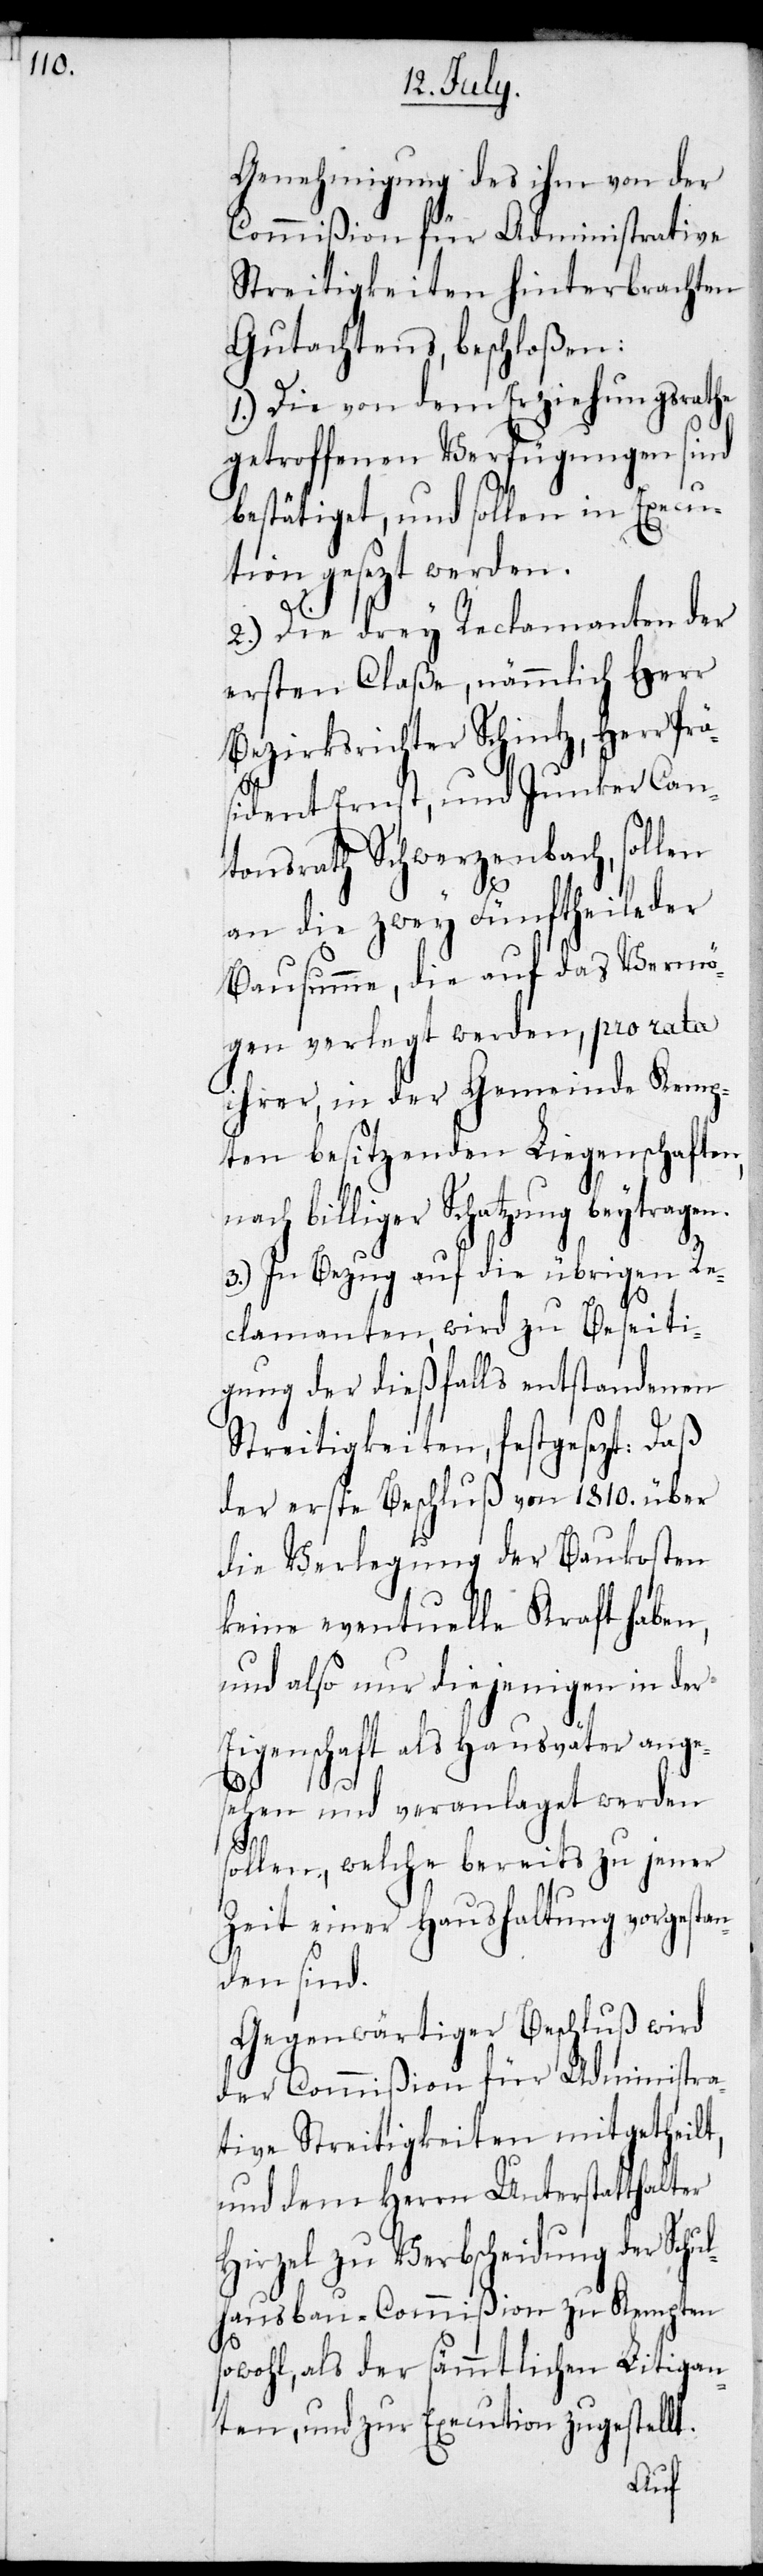
Genehmigung des ihm von der
Commißion für Administrative
Streitigkeiten hinterbrachten
Gutachtens, beschloßen:
1.) Die von dem Erziehungsrate
getroffenen Verfügungen sind
bestätiget, und sollen in Execu¬
tion gesezt werden.
s¬
2.) Die drey Reclamanten der
ersten Claße, nämmlich Herr
Bezirksrichter Schintz, Herr
sident Ernst und Junker Can¬
tonsrath Schwerzenbach, sollen
an die zwey Fünftheile der
Bausumme, die auf das Vermö¬
gen verlegt werden, pro rata
ihrer, in der Gemeinde Kemp¬
ten besitzenden Liegenschaften,
billiger Schatzung beytrag¬
3.) In Bezug auf die übrigen
Beseit¬
Reclamanten, wird zu
igung der dießfalls entstandenen
Streitigkeiten, festgesezt: Daß
der erste Beschluß von 1810. über
die Verlegung der Baukosten
keine eventuelle Kraft haben,
und also nur diejenigen in der
Eigenschaft als Hausväter ange¬
sehen und veranlaget werden
en.
sollen, welche bereits zu jener
Zeit einer Haushaltung vorgesta¬
nden sind.
Gegenwärtiger Beschluß wird
der Commißion für Administra¬
tive Streitigkeiten mitgetheilt,
und dem Herrn Unterstatthalter
Hirzel zu Verbscheidung der –Schu¬
lhausbau-Commißion zu Kempten
owohl, als der sämmtlichen Litigan¬
ten, und zur Execution zugestellt.